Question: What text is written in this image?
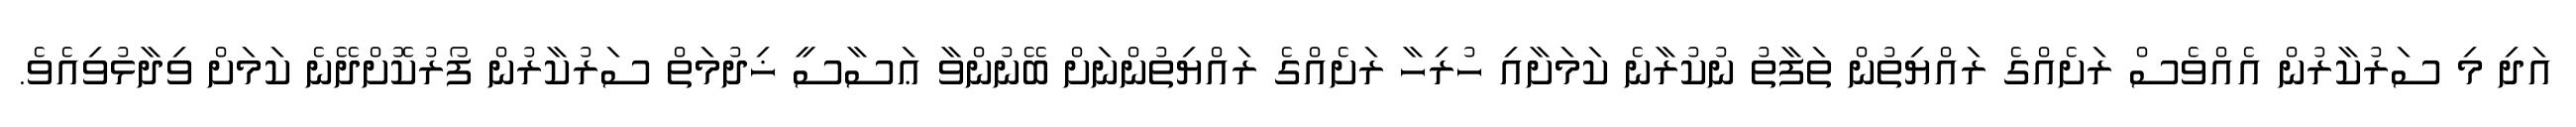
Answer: އަދި މި ސަރުކާރުން އެއްވެސް ރަށެއްގެ ރައްޔިތުން ތަފާތު ނުކުރާނެ ކަމަށާއި ހުރިހާ ރަށެއްގެ ރައްޔިތުންނަށް ބޭނުންވާ ޢަސާސީ ޚިދުމަތް ސަރުކާރުން ފޯރުކޮށްދޭނެ ކަމަށް ވިދާޅުވިއެވެ.